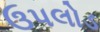
ઉપલોડ